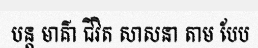
បន្ត មាគ៌ា ជីវិត សាសនា តាម បែប